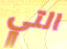
التي